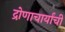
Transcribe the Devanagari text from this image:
द्रोणाचार्यांची